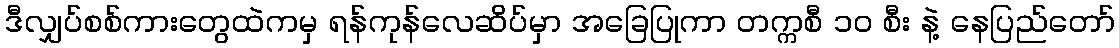
ဒီလျှပ်စစ်ကားတွေထဲကမှ ရန်ကုန်လေဆိပ်မှာ အခြေပြုကာ တက္ကစီ ၁၀ စီး နဲ့ နေပြည်တော်